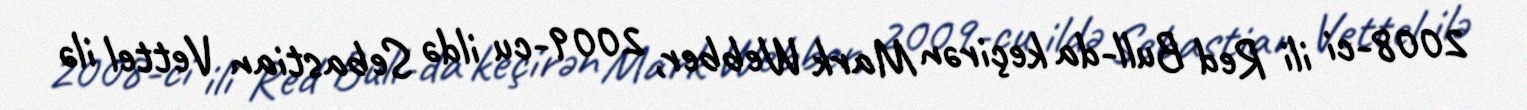
2008-ci ili Red Bull-da keçirən Mark Webber, 2009-cu ildə Sebastian Vettel ilə